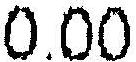
0.00